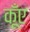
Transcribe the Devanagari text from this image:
कूँए